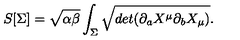
S [ \Sigma ] = \sqrt { \alpha \beta } \int _ { \Sigma } \sqrt { d e t ( \partial _ { a } X ^ { \mu } \partial _ { b } X _ { \mu } ) } .